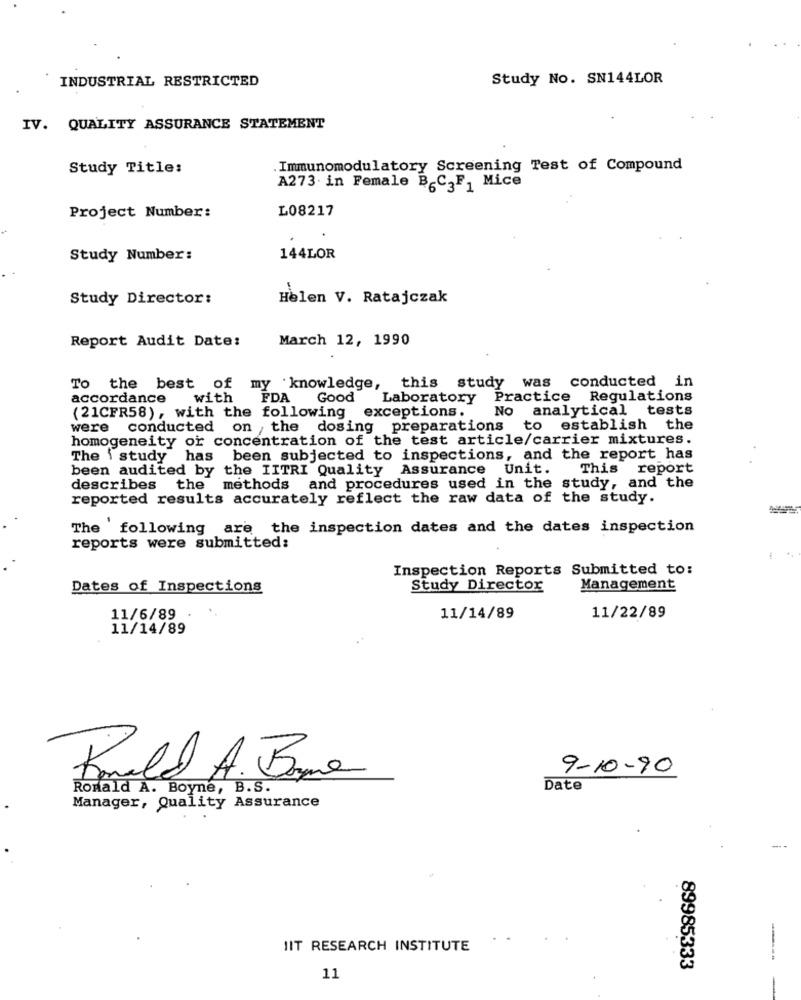
INDUSTRIAL RESTRICTED
Study No. SN144LOR
IV. QUALITY ASSURANCE STATEMENT
Study Title:
Immunomodulatory Screening Test of Compound
A273. in Female BC3F
C-F1 Mice
L08217
Project Number:
Study Number:
144LOR
Study Director:
Helen V. Ratajczak
Report Audit Date:
March 12, 1990
my knowledge, this study was conducted in
To the best of
accordance
with
FDA
Good
Laboratory Practice Regulations
(21CFR58), with the following exceptions.
No analytical tests
were conducted on the dosing preparations
to establish the
homogeneity or concentration of the test article/carrier mixtures.
The \ study has been subjected to inspections, and the report has
been audited by the IITRI Quality Assurance Unit.
This report
describes the methods and procedures used in the study, and the
reported results accurately reflect the raw data of the study.
The following are the inspection dates and the dates inspection
reports were submitted:
Inspection Reports Submitted to:
Dates of Inspections
Study Director
Management
11/6/89
11/14/89
11/22/89
11/14/89
Ronald A. Bone
9-10-90
Ronald A. Boyne, B.S.
Date
Manager, Quality Assurance
IIT RESEARCH INSTITUTE
89985333
11
-